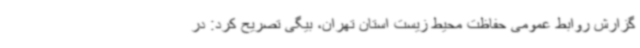
گزارش روابط عمومی حفاظت محیط زیست استان تهران، بیگی تصریح کرد: در